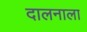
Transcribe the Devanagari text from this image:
दालनाला